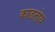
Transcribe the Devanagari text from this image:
काढतोय